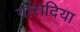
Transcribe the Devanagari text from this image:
गोरादिया